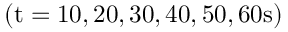
( \mathrm { t } = 1 0 , 2 0 , 3 0 , 4 0 , 5 0 , 6 0 \mathrm { s } )